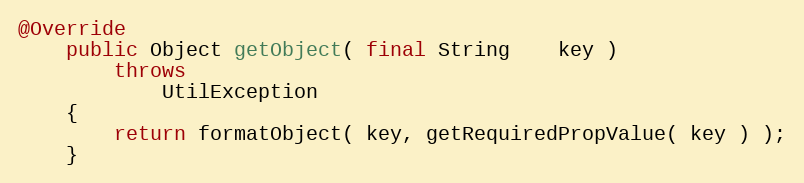
Language: Java
@Override
    public Object getObject( final String    key )
        throws
            UtilException
    {
        return formatObject( key, getRequiredPropValue( key ) );
    }